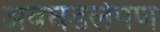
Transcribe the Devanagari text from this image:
अवघडलेपण